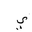
Letter: _ya